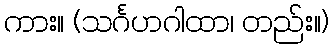
ကား။ (သင်္ဂဟဂါထာ၊ တည်း။)